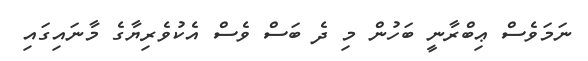
ނަމަވެސް ޢިބްރާނީ ބަހުން މި ދެ ބަސް ވެސް އެކުވެރިޔާގެ މާނައިގައި